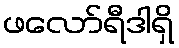
ဖလော်ရီဒါရှိ